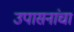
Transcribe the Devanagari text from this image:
उपासनांचा